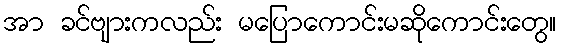
အာ ခင်ဗျားကလည်း မပြောကောင်းမဆိုကောင်းတွေ။